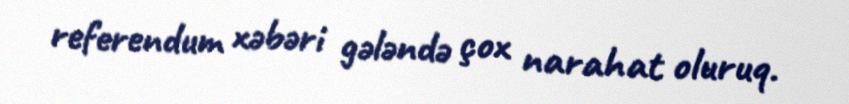
referendum xəbəri gələndə çox narahat oluruq.